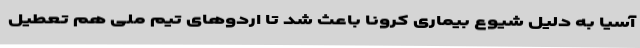
آسیا به دلیل شیوع بیماری کرونا باعث شد تا اردوهای تیم ملی هم تعطیل